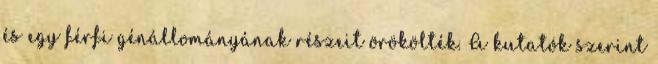
és egy férfi génállományának részeit örökölték. A kutatók szerint